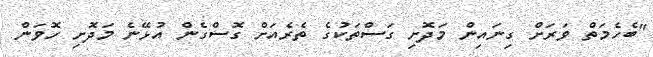
"ބެހެމަތް ވަރަށް ގިނައިން މަދޮށި ގަސްތަކުގެ ތެރެއަށް ގޮސްގެން އުޅޭނެ މަދޮށި ހޮވަން